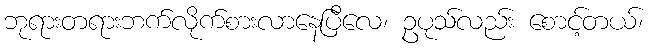
ဘုရားတရားဘက်လိုက်စားလာနေပြီလေ၊ ဥပုသ်လည်း စောင့်တယ်၊